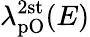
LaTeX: \lambda_{\mathrm{pO}}^{\mathrm{2st}}(E)